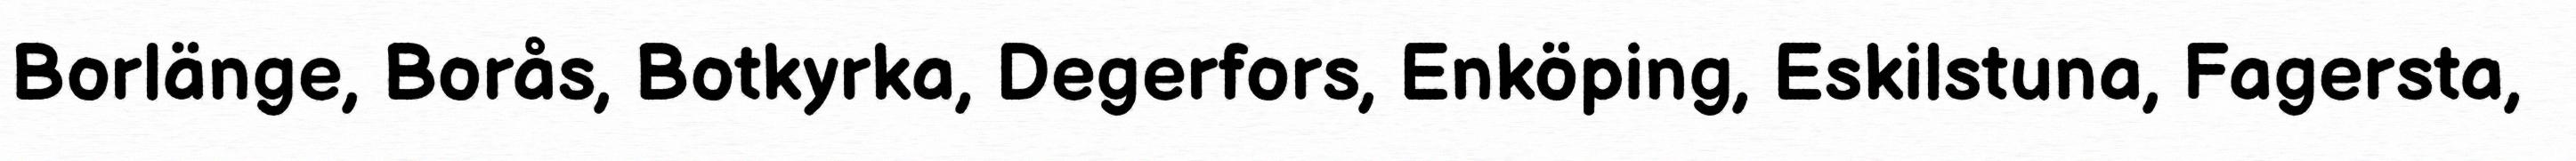
Borlänge, Borås, Botkyrka, Degerfors, Enköping, Eskilstuna, Fagersta,